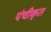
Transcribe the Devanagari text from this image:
पंचीकृत